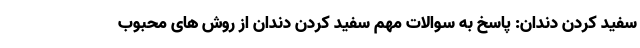
سفید کردن دندان: پاسخ به سوالات مهم سفید کردن دندان از روش های محبوب